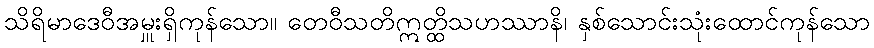
သိရိမာဒေဝီအမှူးရှိကုန်သော။ တေဝီသတိဣတ္ထိသဟဿာနိ၊ နှစ်သောင်းသုံးထောင်ကုန်သော